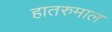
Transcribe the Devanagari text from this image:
हातरुमाल